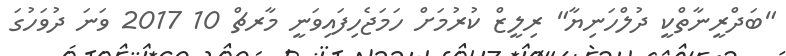
"ބަދްރީނާތްކީ ދުލްހަނިޔާ" ރިލީޒް ކުރުމަށް ހަމަޖެހިފައިވަނީ މާރޗް 10 2017 ވަނަ ދުވަހުގަ